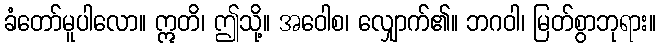
ခံတော်မူပါလော။ ဣတိ၊ ဤသို့။ အဝေါစ၊ လျှောက်၏။ ဘဂဝါ၊ မြတ်စွာဘုရား။